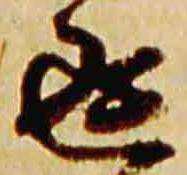
返